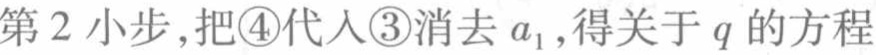
第2小步,把\textcircled{4}代入\textcircled{3}消去\(a_{1}\),得关于\(q\)的方程